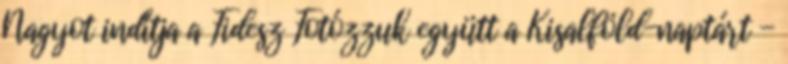
Nagyot indítja a Fidesz Fotózzuk együtt a Kisalföld-naptárt -